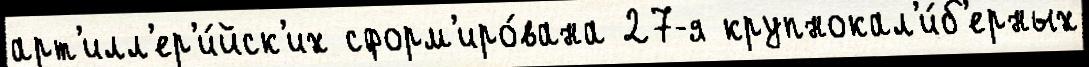
арт'илл'ер'и́йск'их сформ'иро́вана 27-я крупнокал'и́б'ерных